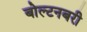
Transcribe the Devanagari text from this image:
बोल्टनबरी